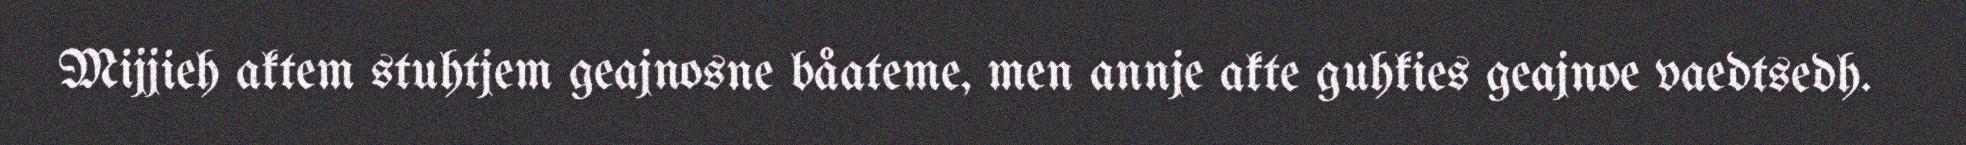
Mijjieh aktem stuhtjem geajnosne båateme, men annje akte guhkies geajnoe vaedtsedh.